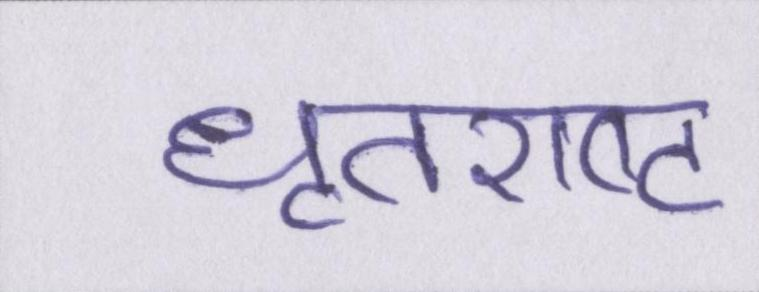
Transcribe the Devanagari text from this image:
धॄतराष्ट्र